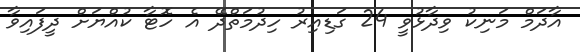
އާދަމް މަނިކު ވިދާޅުވީ 24 ގަޑިއިރު ހިދުމަތްދޭ އެ ހޮޓާ ކުއްޔަށް ދީފައިވާ